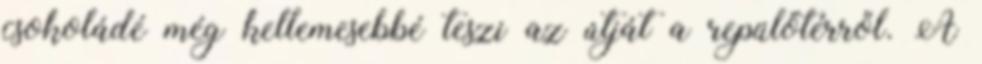
csokoládé még kellemesebbé teszi az útját a repülőtérről. A